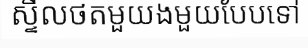
ស្ទីលថតមួយងមួយបែបទៅ